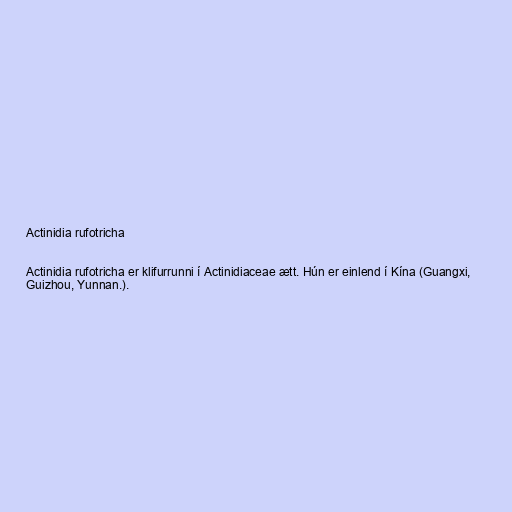
Actinidia rufotricha

Actinidia rufotricha er klifurrunni í Actinidiaceae ætt. Hún er einlend í Kína (Guangxi,
Guizhou, Yunnan.).